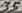
Text: 35